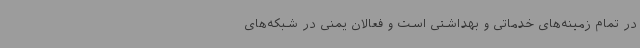
در تمام زمینه‌های خدماتی و بهداشتی است و فعالان یمنی در شبکه‌های